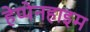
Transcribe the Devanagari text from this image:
हेप्पेनहाइम